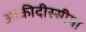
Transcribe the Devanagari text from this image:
आकीदीस्सीमा